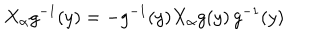
LaTeX: X _ { \alpha } g ^ { - 1 } ( y ) = - g ^ { - 1 } ( y ) X _ { \alpha } g ( y ) \, g ^ { - 1 } ( y )